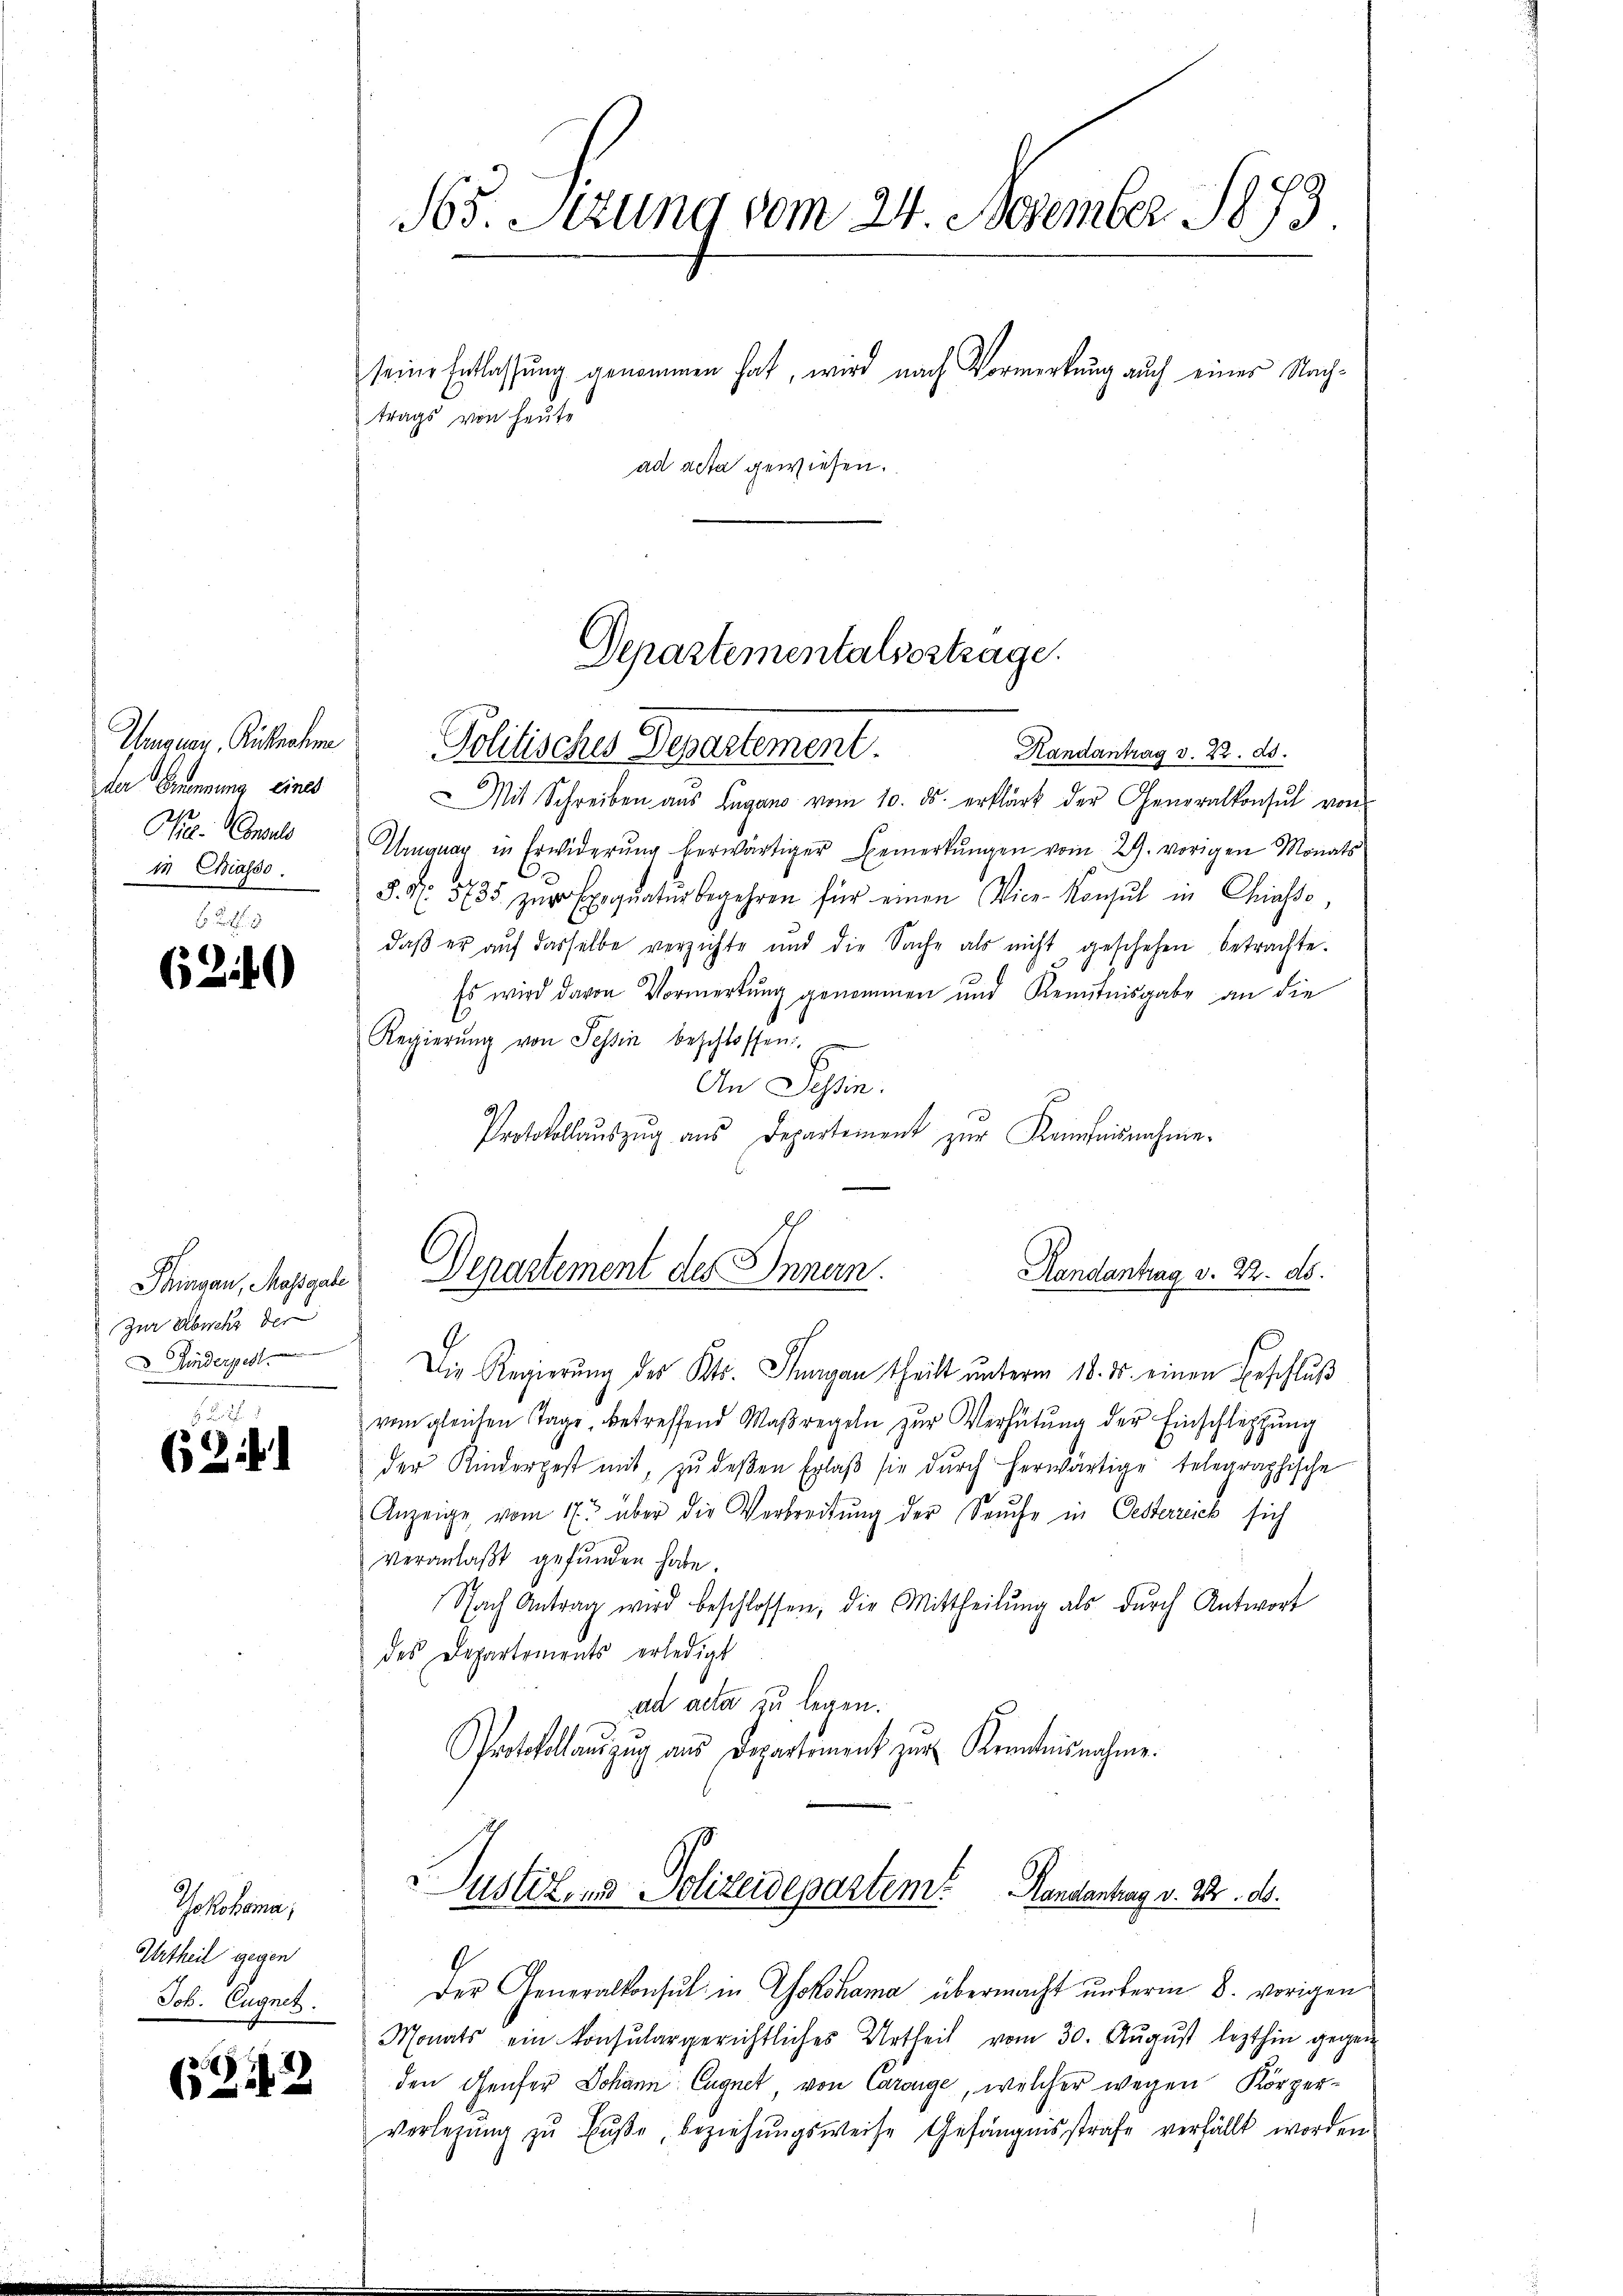
Ungung, Ritte hera
der Ernennung eines
Nr. Consul
in Chiasso

6240

Thingau, Massgabe
Zur Abwehr der
d. Kinderpest.

62 i

Gokohama,
Urtheil gegen
Job. Eugnet.

(242

65. Sirung vom 24. Dezember 1873.

seine Entlassŭng genommen hat, wird nach Vormerkung auch eines Nachtrags von heute
ad acta gewiesen.

Departementalsestrage.
Politisches Departement

Handantrag v. 22. ds.
Mit Schreiben aus Lugano vom 10. ds. erklärt der Generalkonsul von
Ungnar in Erwiderŭng herwärtiger Bemerkŭngen vom 29. vorigen Monats
§. No. 535. zur Exequatur begehren für einen Vice-Konsul in Chiasso,
daß er aŭf dasselbe verzichte und die Sache als nicht geschehen betrachte.
Es wird davon Vormerkung genommen und Kenntnisgabe an die
Regierŭng von Tessin beschlossen:
An Tessin.
Protokollaŭszŭg aŭs Departement zŭr Keinfausnahme.
Die Regierung des Kts. Thurgau theilt unterm 18. ds. einen Erschluß
vom gleichen Tage, betreffend Maßregeln zŭr Verhütung der Einschleptŭng
der Kinderpest mit, zŭ deβen Erlaβ sie dŭrch herwärtige telegraphische
Anzeige vom 17t über die Verbreitung der Seuche in Oesterrich sich
veranlaßt gefunden habe.
Nach Antrag wird beschlossen, die Mittheilŭng als dŭrch Antwort
des Departements erledigt
ad acta zu legen.
Protokollaŭszŭg aŭs Departement zŭr Kenntnisnahme.
Justizend Polizeidepartem? Handentrag v. 28. ds.
Der Generalkonsul in Yokohama übermacht unterm 8. vorigen
Monats ein konsulargerichtliches Urtheil vom 30. August lezthin gegen
den Genfer Johann Eugnet, von Carouge, welcher wegen Körper-
verlegŭng zŭ Bŭβe beziehŭngsweise Gefängnisstrafe verfällt worden

Departement des Innen.

Handantrag v. 22. ds.